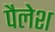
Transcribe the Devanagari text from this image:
पैलेश